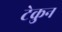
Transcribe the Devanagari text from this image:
टेकुन